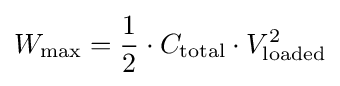
W_{\text{max}}={\frac {1}{2}}\cdot C_{\text{total}}\cdot V_{\text{loaded}}^{2}